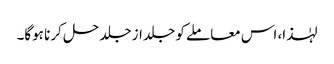
لہٰذا، اس معاملے کو جلد از جلد حل کرنا ہوگا۔